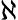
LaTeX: \aleph